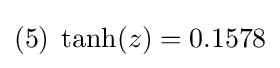
(5)\;\tanh(z)=0.1578